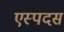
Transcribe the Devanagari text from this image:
एस्पदस